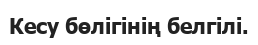
Кесу бөлігінің белгілі.